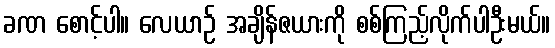
ခဏ စောင့်ပါ။ လေယာဉ် အချိန်ဇယားကို စစ်ကြည့်လိုက်ပါဦးမယ်။